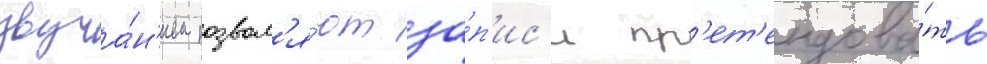
звуча́н'ием позвол'я́ют за́п'ис'и пр'ет'ендова́ть